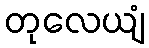
တုလေယျံ